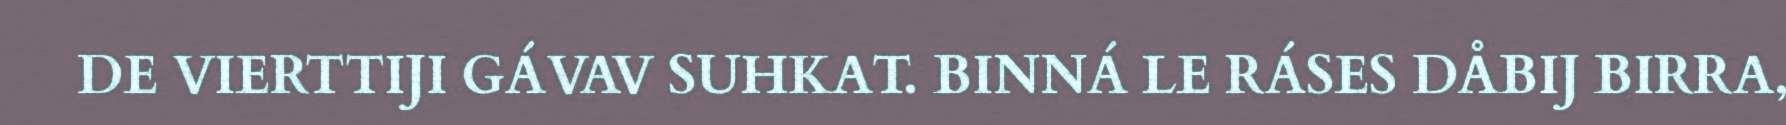
DE VIERTTIJI GÁVAV SUHKAT. BINNÁ LE RÁSES DÅBIJ BIRRA,